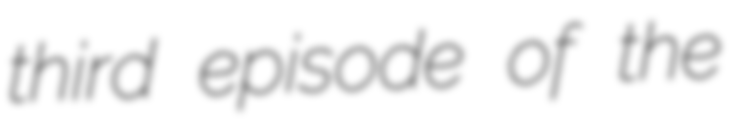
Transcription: third episode of the